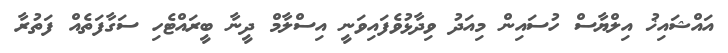
އައްޝައިޚު އިލްޔާސް ހުސައިން މިއަދު ވިދާޅުވެފައިވަނީ އިސްލާމް ދީނާ ބީރައްޓެހި ސަގާފަތެއް ފަތުރާ